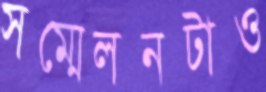
সম্মেলনটাও